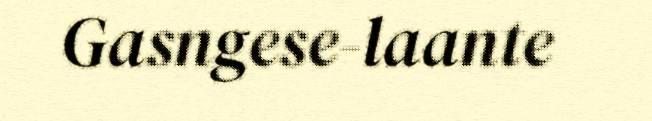
Gasngese-laante